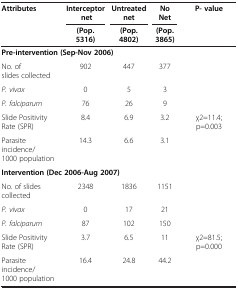
<table><thead><tr><td rowspan="2"><b>Attributes</b></td><td><b>Interceptor net</b></td><td><b>Untreated net</b></td><td><b>No Net</b></td><td rowspan="2"><b>P- value</b></td></tr><tr><td><b>(Pop. 5316)</b></td><td><b>(Pop. 4802)</b></td><td><b>(Pop. 3865)</b></td></tr></thead><tbody><tr><td colspan="5"><b>Pre-intervention (Sep-Nov 2006)</b></td></tr><tr><td>No. of slides collected</td><td>902</td><td>447</td><td>377</td><td> </td></tr><tr><td><i>P. vivax</i></td><td>0</td><td>5</td><td>3</td><td> </td></tr><tr><td><i>P. falciparum</i></td><td>76</td><td>26</td><td>9</td><td> </td></tr><tr><td>Slide Positivity Rate (SPR)</td><td>8.4</td><td>6.9</td><td>3.2</td><td>χ2=11.4; p=0.003</td></tr><tr><td>Parasite incidence/1000 population</td><td>14.3</td><td>6.6</td><td>3.1</td><td> </td></tr><tr><td colspan="5"><b>Intervention (Dec 2006-Aug 2007)</b></td></tr><tr><td>No. of slides collected</td><td>2348</td><td>1836</td><td>1151</td><td> </td></tr><tr><td><i>P. vivax</i></td><td>0</td><td>17</td><td>21</td><td> </td></tr><tr><td><i>P. falciparum</i></td><td>87</td><td>102</td><td>150</td><td> </td></tr><tr><td>Slide Positivity Rate (SPR)</td><td>3.7</td><td>6.5</td><td>11</td><td>χ2=81.5; p=0.000</td></tr><tr><td>Parasite incidence/1000 population</td><td>16.4</td><td>24.8</td><td>44.2</td><td> </td></tr></tbody></table>